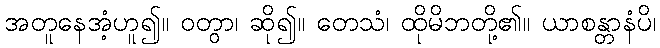
အတူနေအံ့ဟူ၍။ ဝတွာ၊ ဆို၍။ တေသံ၊ ထိုမိဘတို့၏။ ယာစန္တာနံပိ၊